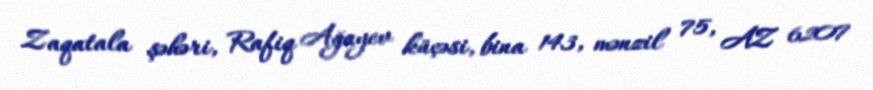
Zaqatala şəhəri, Rafiq Ağayev küçəsi, bina 143, mənzil 75, AZ 6207